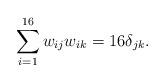
LaTeX: \begin{align*}\sum_{i=1}^{16} w_{ij} w_{ik} = 16 \delta_{jk}.\end{align*}